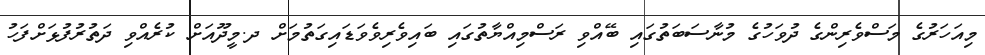
މިއަހަރުގެ މަސްވެރިންގެ ދުވަހުގެ މުނާސަބަތުގައި ބޭއްވި ރަސްމިއްޔާތުގައި ބައިވެރިވެވަޑައިގަތުމަށް ދ.މީދޫއަށް ކުރެއްވި ދަތުރުފުޅަށްފަހު